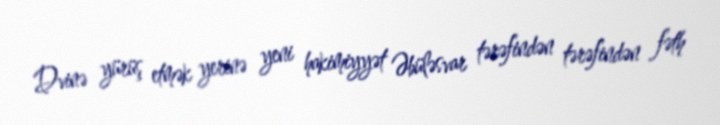
Dvinə yürüş etmək yerinə yeni hakimiyyət Əbüləsvar tərəfindən tərəfindən fəth